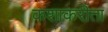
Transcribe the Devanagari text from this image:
कशाकरीता